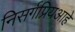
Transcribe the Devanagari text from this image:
निसर्गप्रियआहे